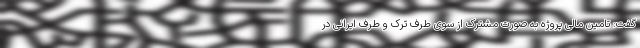
گفت: تامین مالی پروژه به صورت مشترک از سوی طرف ترک و طرف ایرانی در